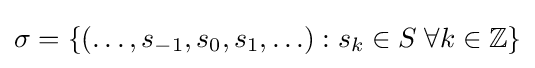
\sigma =\{(\ldots ,s_{-1},s_{0},s_{1},\ldots ):s_{k}\in S\;\forall k\in \mathbb {Z} \}